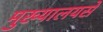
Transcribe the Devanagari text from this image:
मुख्यालयसे